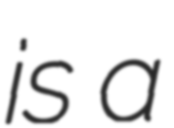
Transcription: is a